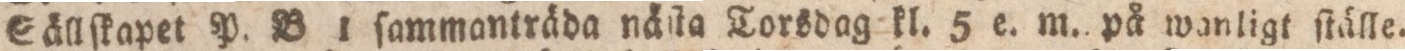
Sällſkapet P. B 1 ſammanträda näſta Torsdag kl. 5 e. m. på wanligt ſtälle.